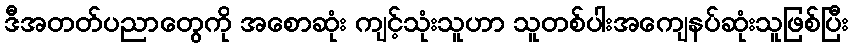
ဒီအတတ်ပညာတွေကို အစောဆုံး ကျင့်သုံးသူဟာ သူတစ်ပါးအကျေနပ်ဆုံးသူဖြစ်ပြီး